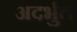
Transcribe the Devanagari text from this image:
अदर्भुत